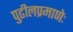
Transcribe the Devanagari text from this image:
पुढीलप्रमाणेः